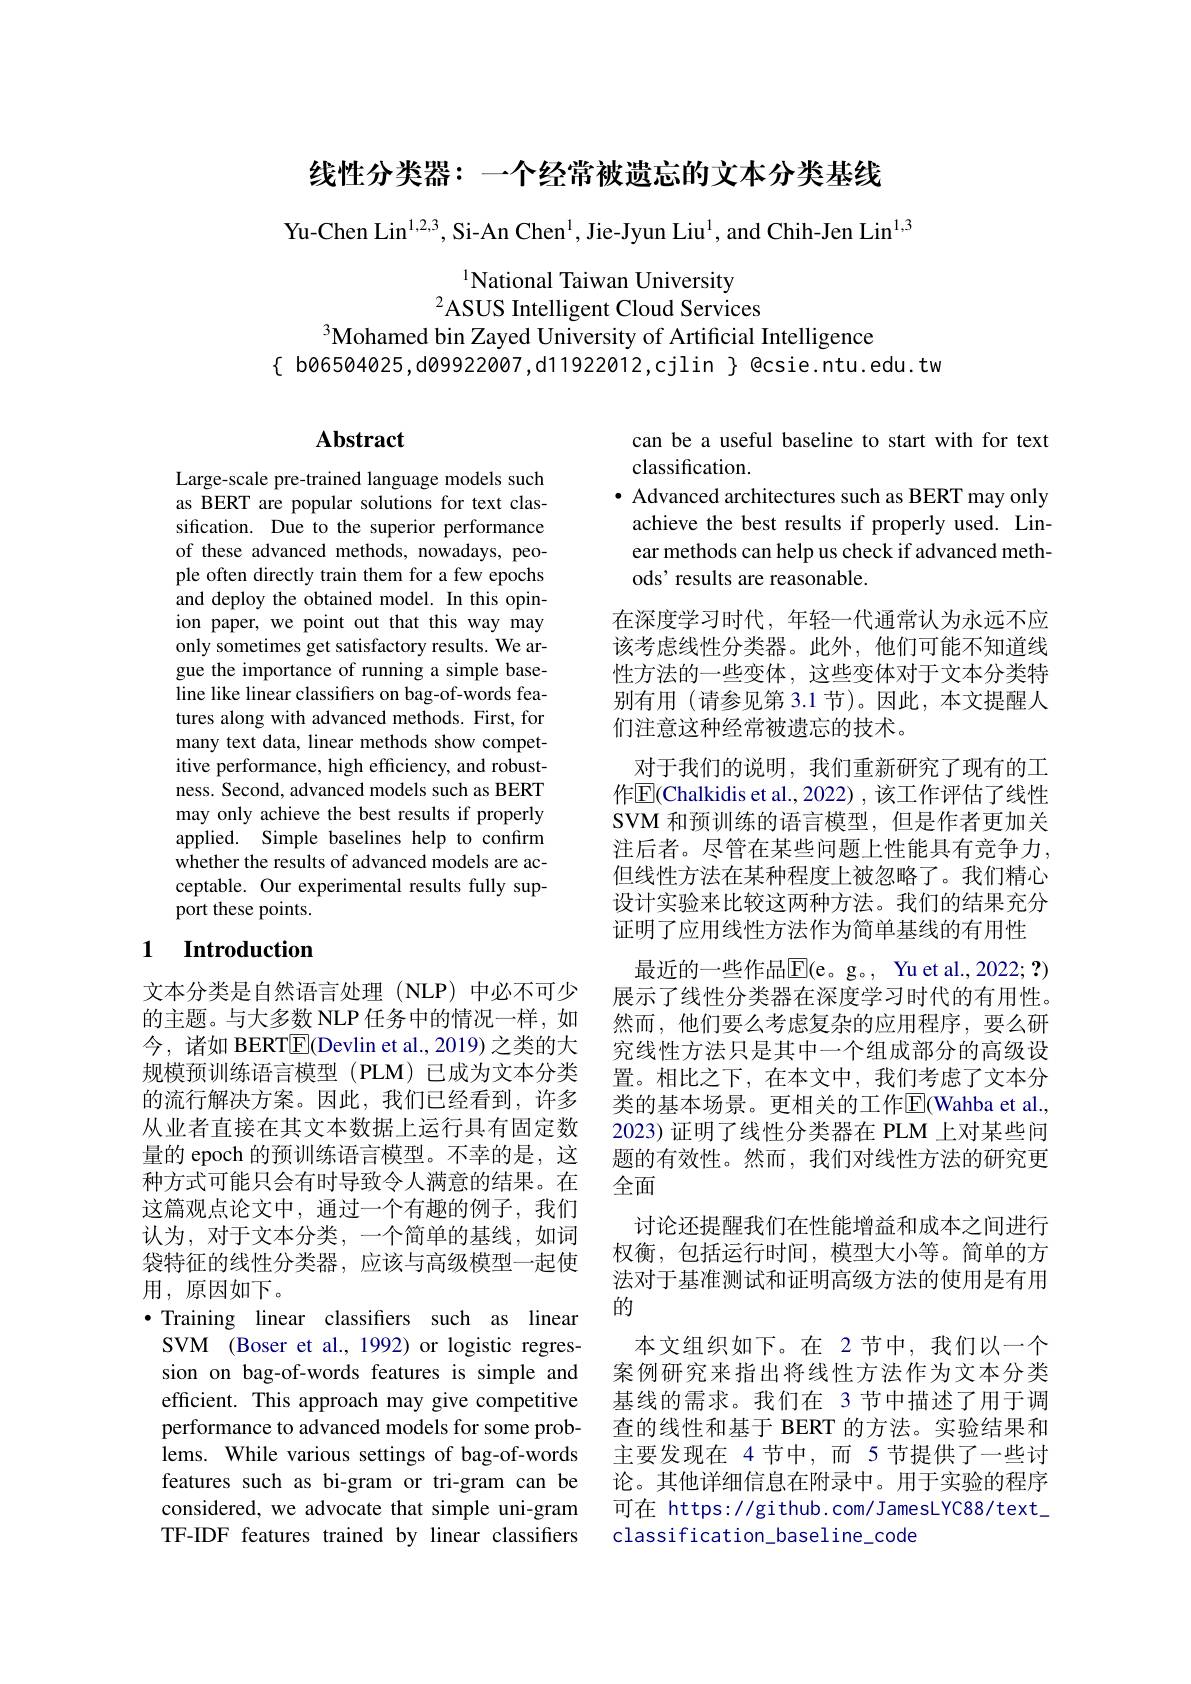
线性分类器：一个经常被遗忘的文本分类基线

Yu-Chen Lin$^1,2,3$, Si-An Chen$^1$, Jie-Jyun Liu$^1$, and Chih-Jen Lin$^1,3$

$^{1}$National Taiwan University
$^2$ASUS Intelligent Cloud Services
$^{3}$Mohamed bin Zayed University of Artificial Intelligence
$\{$ b06504025,d09922007,d11922012,cjlin $\}$ @csie.ntu.edu.tw

## $\mathbf{Abstract}$

Large-scale pre-trained language models such as BERT are popular solutions for text classification. Due to the superior performance of these advanced methods, nowadays, people often directly train them for a few epochs and deploy the obtained model. In this opinion paper, we point out that this way may only sometimes get satisfactory results. We argue the importance of running a simple baseline like linear classifiers on bag-of-words features along with advanced methods. First, for many text data, linear methods show competitive performance, high efficiency, and robustness. Second, advanced models such as BERT may only achieve the best results if properly applied. Simple baselines help to confirm whether the results of advanced models are acceptable. Our experimental results fully support these points.

# 1 Introduction

文本分类是自然语言处理(NLP)中必不可少的主题。与大多数 NLP 任务中的情况一样，如今，诸如 BERT$\underline{\mathrm{E}}($Devlin et al.,2019) 之类的大规模预训练语言模型(PLM)已成为文本分类的流行解决方案。因此，我们已经看到，许多从业者直接在其文本数据上运行具有固定数量的 epoch 的预训练语言模型。不幸的是，这种方式可能只会有时导致令人满意的结果。在这篇观点论文中，通过一个有趣的例子，我们认为，对于文本分类，一个简单的基线，如词袋特征的线性分类器，应该与高级模型一起使用 , 原因如下。
$\bullet$ Training linear classifers such as linear SVM (Boser et al., 1992) or logistic regression on bag-of-words features is simple and efficient. This approach may give competitive performance to advanced models for some problems. While various settings of bag-of-words features such as bi-gram or tri-gram can be considered, we advocate that simple uni-gram TF-IDF features trained by linear classifers

can be a useful baseline to start with for text
classification.
$\bullet$ Advanced architectures such as BERT may only achieve the best results if properly used. Linear methods can help us check if advanced methods' results are reasonable.

在深度学习时代，年轻一代通常认为永远不应该考虑线性分类器。此外，他们可能不知道线性方法的一些变体，这些变体对于文本分类特别有用(请参见第 3.1 节)。因此，本文提醒人们注意这种经常被遗忘的技术。
对于我们的说明，我们重新研究了现有的工作$\mathbb{E}$(Chalkidis et al., 2022) , 该工作评估了线性SVM 和预训练的语言模型，但是作者更加关注后者。尽管在某些问题上性能具有竞争力， 但线性方法在某种程度上被忽略了。我们精心设计实验来比较这两种方法。我们的结果充分证明了应用线性方法作为简单基线的有用性
最近的一些作品$\mathbb{E}($e。g。, Yu et al., 2022; ?) 展示了线性分类器在深度学习时代的有用性。然而，他们要么考虑复杂的应用程序，要么研究线性方法只是其中一个组成部分的高级设置。相比之下，在本文中，我们考虑了文本分类的基本场景。更相关的工作$\overline{\mathrm{E}}$(Wahba et al., 2023) 证明了线性分类器在 PLM 上对某些问题的有效性。然而，我们对线性方法的研究更全面
讨论还提醒我们在性能增益和成本之间进行权衡，包括运行时间，模型大小等。简单的方法对于基准测试和证明高级方法的使用是有用的
本文组织如下。在 2节中，我们以一个案例研究来指出将线性方法作为文本分类基线的需求。我们在 3 节中描述了用于调查的线性和基于 BERT 的方法。实验结果和主要发现在 4节中，而 5 节提供了一些讨论。其他详细信息在附录中。用于实验的程序可在 https://github.com/JamesLYC88/text\_ classification\_baseline\_code